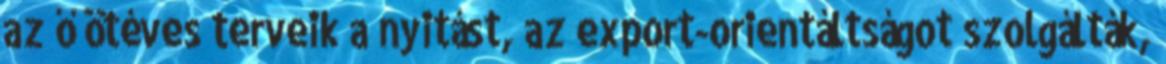
az ő ötéves terveik a nyitást, az export-orientáltságot szolgálták,